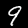
Digit: 9